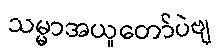
သမ္မာအယူတော်ပဲဗျ